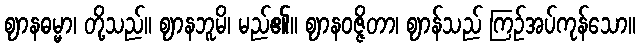
ဈာနဓမ္မာ၊ တို့သည်။ ဈာနဘူမိ၊ မည်၏။ ဈာနဝဇ္ဇိတာ၊ ဈာန်သည် ကြဉ်အပ်ကုန်သော။